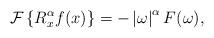
LaTeX: \begin{align*}\mathcal{F}\left\{ R_{x}^{\alpha}f(x)\right\} =-\left\vert \omega\right\vert^{\alpha}F(\omega),\end{align*}